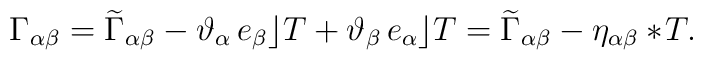
\Gamma_{\alpha\beta} =\widetilde{\Gamma}_{\alpha\beta} -  \vartheta_\alpha\,e_\beta\rfloor T +  \vartheta_\beta\,e_\alpha\rfloor T  =\widetilde{\Gamma}_{\alpha\beta}-\eta_{\alpha\beta}\ast\!  T.